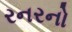
રનરનો